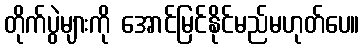
တိုက်ပွဲများကို အောင်မြင်နိုင်မည်မဟုတ်ပေ။